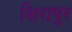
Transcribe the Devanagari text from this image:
शिरापूर